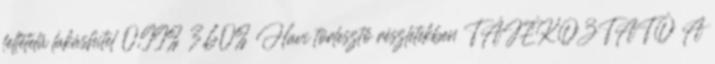
feltételű lakáshitel 0,99% 3,60% Havi törlesztő részletekben TÁJÉKOZTATÓ A